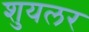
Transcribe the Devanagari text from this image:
शुयलर